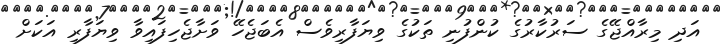
އަދި މިރާއްޖޭގެ ސަރުކާރުގެ ކުންފުނި ތަކުގެ ވިޔަފާރިވެސް އެބަޖެހޭ ވަށާޖެހިފައިވާ ވިޔަފާރި އަކަށް